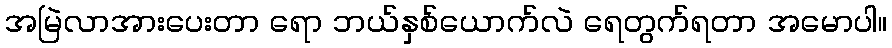
အမြဲလာအားပေးတာ ရော ဘယ်နှစ်ယောက်လဲ ရေတွက်ရတာ အမောပါ။